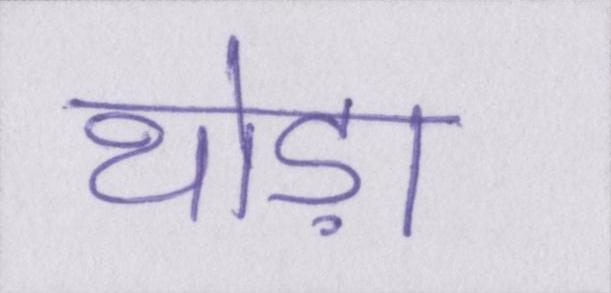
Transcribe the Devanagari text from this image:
थोड़ा